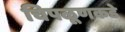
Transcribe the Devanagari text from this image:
चिपळूणकडे